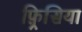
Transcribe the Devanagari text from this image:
फ़्रिसिया